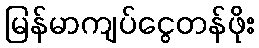
မြန်မာကျပ်ငွေတန်ဖိုး